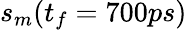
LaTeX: s_{m}(t_{f}=700ps)